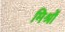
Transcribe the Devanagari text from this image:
मिश्रों